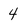
Character: 4